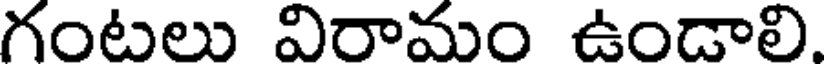
గంటలు విరామం ఉండాలి.